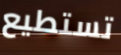
تستطيع